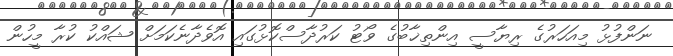
ނަންފުޅު މިއަހަރުގެ ރިޔާސީ އިންތިޚާބުގެ ވޯޓު ކަރުދާސްކޮޅުގައި އޮވެދާނެކަމަށް ޝައްކު ކުރާ މީހުން